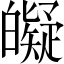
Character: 𤾰